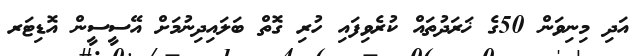
އަދި މިނިވަން 50ގެ ޚަރަދުތައް ކުރެވިފައި ހުރި ގޮތް ބަލައިދިނުމަށް އޭސީސީން އޮޑިޓަރ